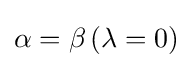
\alpha =\beta \,(\lambda =0)